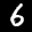
Label: 6